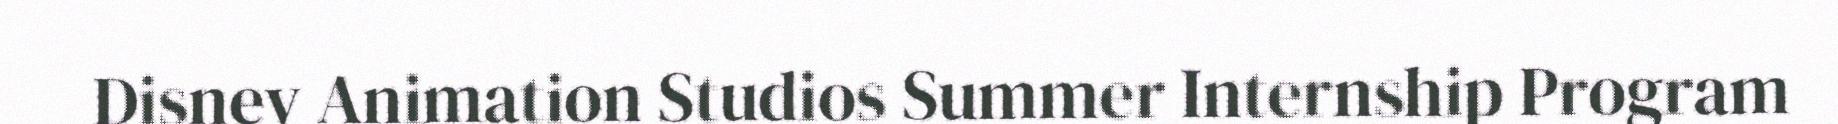
Disney Animation Studios Summer Internship Program